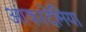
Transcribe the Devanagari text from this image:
आकादेमिया